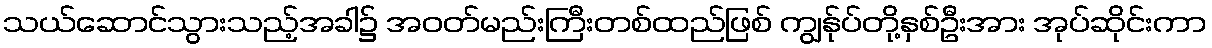
သယ်ဆောင်သွားသည့်အခါ၌ အဝတ်မည်းကြီးတစ်ထည်ဖြစ် ကျွန်ုပ်တို့နှစ်ဦးအား အုပ်ဆိုင်းကာ